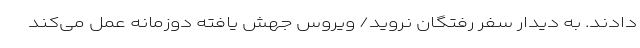
دادند. به دیدار سفر رفتگان نروید/ ویروس جهش یافته دوزمانه عمل می‌کند